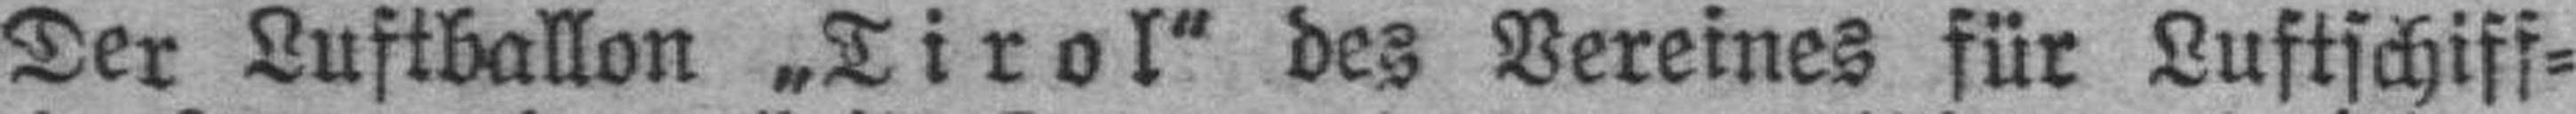
Der Luftballon „Tirol“ des Vereines für Luftschiff¬